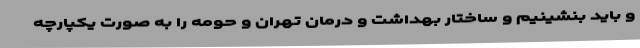
و باید بنشینیم و ساختار بهداشت و درمان تهران و حومه را به صورت یکپارچه